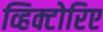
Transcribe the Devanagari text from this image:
व्हिक्टोरिए